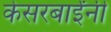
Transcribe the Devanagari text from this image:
केसरबाईंनी